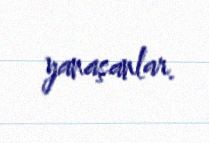
yanaşanlar.